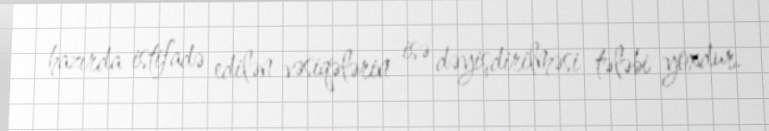
hazırda istifadə edilən vəsiqələrin isə dəyişdirilməsi tələbi yoxdur.